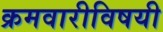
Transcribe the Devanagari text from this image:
क्रमवारीविषयी